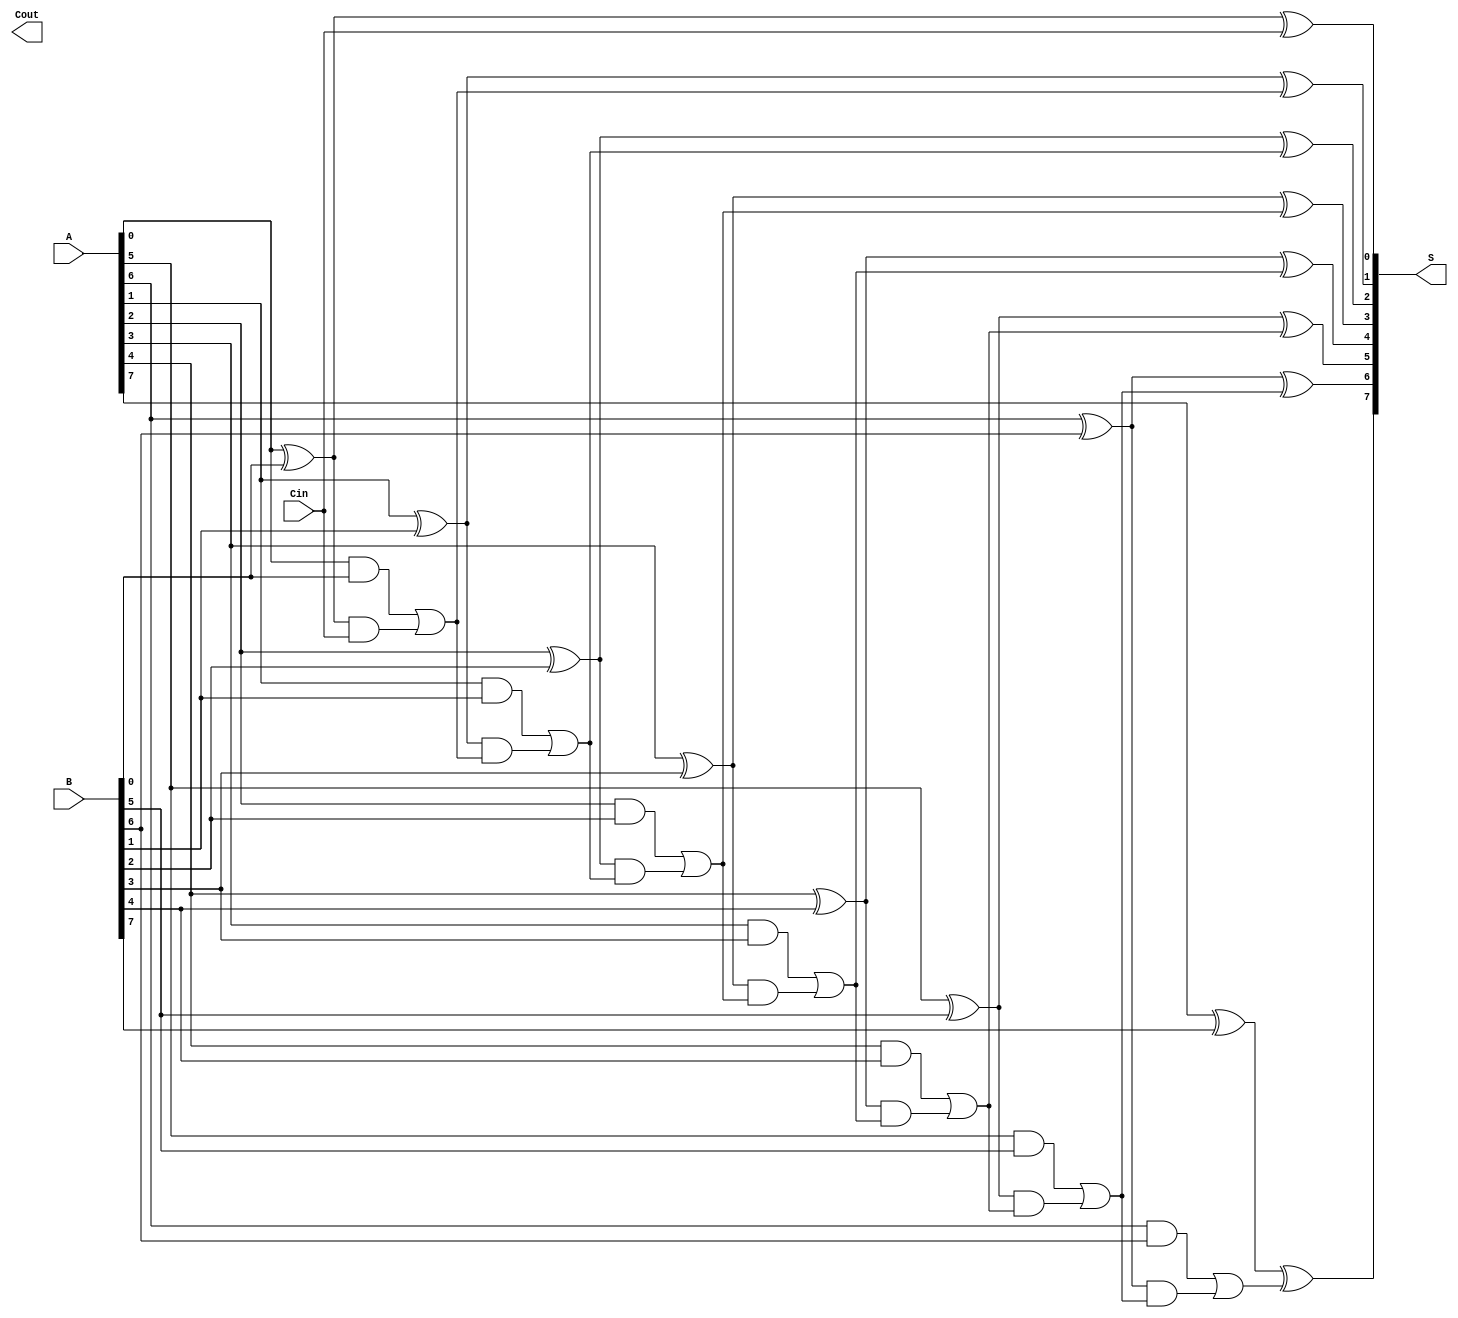
module brent_kung_adder #(parameter N = 8) (
    input  wire [N-1:0] A,      // First n-bit input
    input  wire [N-1:0] B,      // Second n-bit input
    input  wire          Cin,    // Carry-in
    output wire [N-1:0] S,      // n-bit sum output
    output wire          Cout     // Carry-out
);

    // Generate and propagate signals
    wire [N-1:0] G; // Generate signals
    wire [N-1:0] P; // Propagate signals
    wire [N:0] C;   // Carry signals

    // Generate and Propagate calculation
    genvar i;
    generate
        for (i = 0; i < N; i = i + 1) begin : generate_logic
            assign G[i] = A[i] & B[i];  // Generate
            assign P[i] = A[i] ^ B[i];  // Propagate
        end
    endgenerate

    // Carry signals computation using Brent-Kung method
    assign C[0] = Cin; // Initial carry-in

    // Level 0
    generate
        for (i = 1; i < N; i = i + 1) begin : level0
            assign C[i] = G[i-1] | (P[i-1] & C[i-1]);
        end
    endgenerate

    // Sum computation
    generate
        for (i = 0; i < N; i = i + 1) begin : sum_logic
            assign S[i] = P[i] ^ C[i];  // Sum = Propagate XOR Carry
        end
    endgenerate

    // Final Carry-out
    assign Cout = C[N]; // Cout is the carry out from the last bit

endmodule